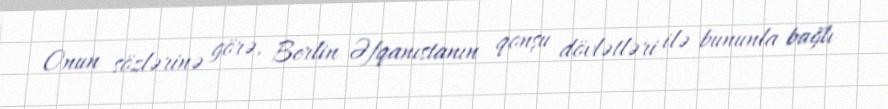
Onun sözlərinə görə, Berlin Əfqanıstanın qonşu dövlətləri ilə bununla bağlı